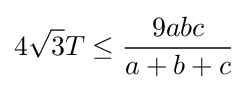
4{\sqrt {3}}T\leq {\frac {9abc}{a+b+c}}